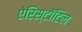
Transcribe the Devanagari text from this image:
ऐरिस्टॉटिल